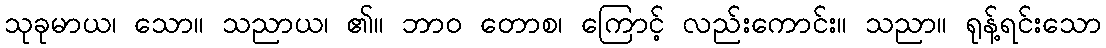
သုခုမာယ၊ သော။ သညာယ၊ ၏။ ဘာဝ တောစ၊ ကြောင့် လည်းကောင်း။ သညာ။ ရုန့်ရင်းသော